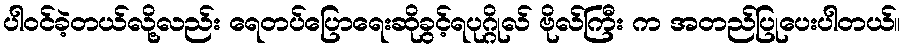
ပါဝင်ခဲ့တယ်လို့လည်း ရေတပ်ပြောရေးဆိုခွင့်ရပုဂ္ဂိုလ် ဗိုလ်ကြီး က အတည်ပြုပေးပါတယ်။